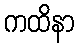
ကထိနာ